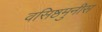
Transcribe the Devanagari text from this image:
वसिष्ठमुनीस